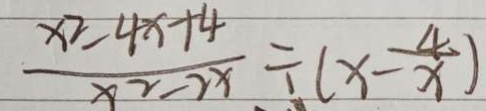
\frac { x ^ { 2 } - 4 x + 4 } { x ^ { 2 } - 2 x } \div ( x - \frac { 4 } { x } )